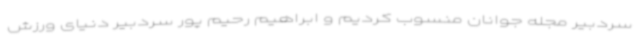
سردبیر مجله جوانان منسوب کردیم و ابراهیم رحیم پور سردبیر دنیای ورزش